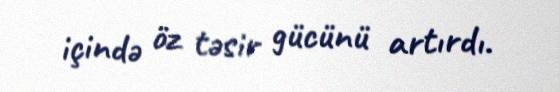
içində öz təsir gücünü artırdı.